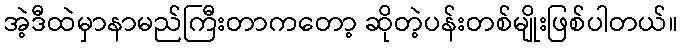
အဲ့ဒီထဲမှာနာမည်ကြီးတာကတော့ ဆိုတဲ့ပန်းတစ်မျိုးဖြစ်ပါတယ်။